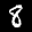
Label: 8